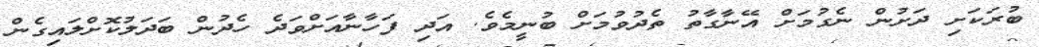
ބުރަކަށި ދަށުން ނެގުމަށް އޭނާގާތު ތެދުވުމަށް ބުނީމެވެ. އަދި ފަހާނާއަށްވަދެ ހެދުން ބަދަލުކޮށްލައިގެން